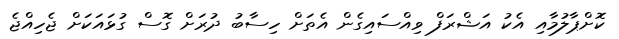
ކޮށްޕާލުމާއި އެކު އަޝްރަފް ވިއްސައިގެން އެތަށް ހިސާބު ދުރަށް ގޮސް ގުޅައަކަށް ޖެހިއްޖެ